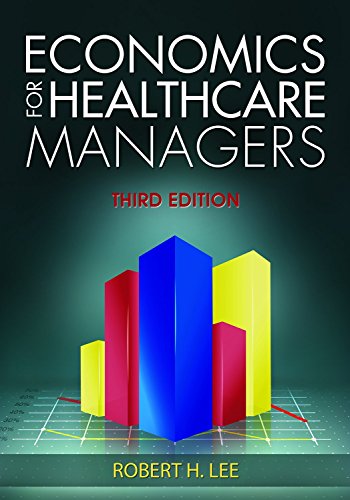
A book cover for Economics for Healthcare Managers, Third Edition; Robert H. Lee; Medical Books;